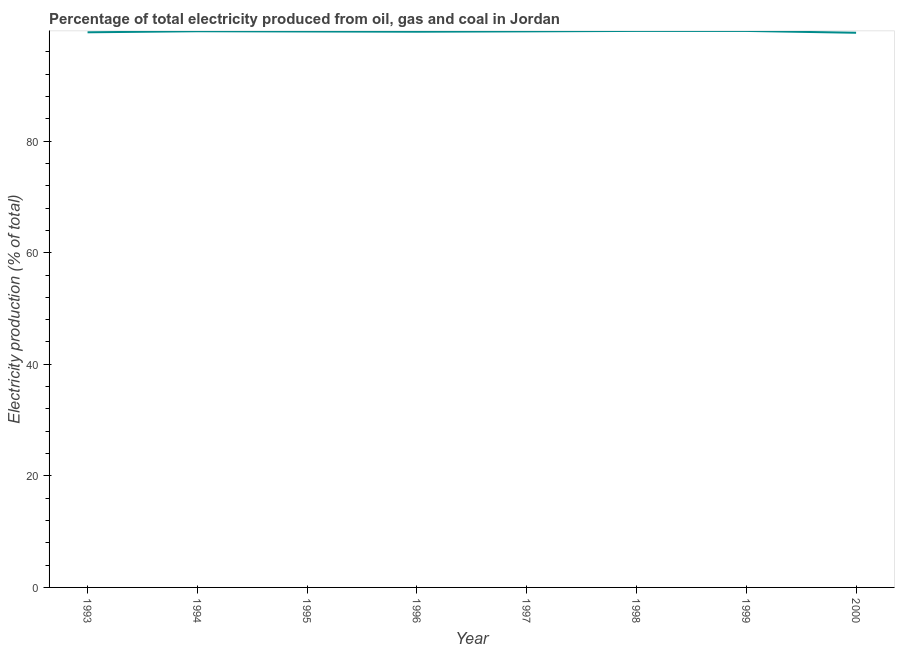
| Year | Electricity production |
 | --- | --- |
 | 1993 | 99.5 |
 | 1994 | 99.7 |
 | 1995 | 99.7 |
 | 1996 | 99.6 |
 | 1997 | 99.7 |
 | 1998 | 99.8 |
 | 1999 | 99.8 |
 | 2000 | 99.4 |